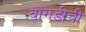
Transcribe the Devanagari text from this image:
बांगडीची